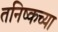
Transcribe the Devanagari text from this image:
तनिष्कच्या